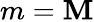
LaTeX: m=\mathbf{M}